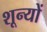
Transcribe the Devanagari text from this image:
शून्यों